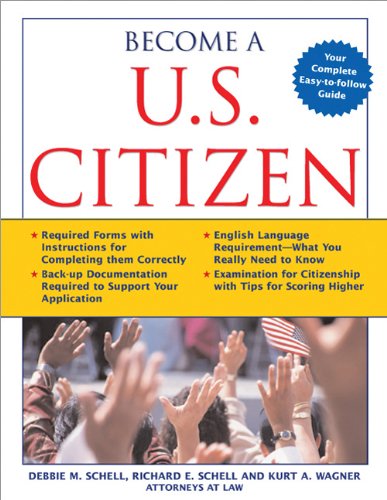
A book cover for Become a U.S. Citizen; Kurt Wagner; Test Preparation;